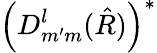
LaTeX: \left(D_{m^{\prime}m}^{l}(\hat{R})\right)^{\ast}